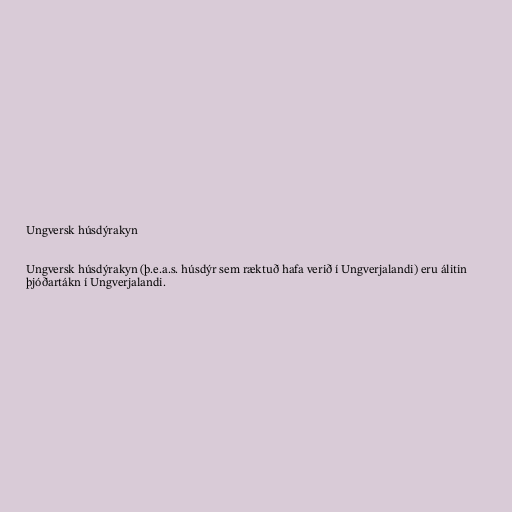
Ungversk húsdýrakyn

Ungversk húsdýrakyn (þ.e.a.s. húsdýr sem ræktuð hafa verið í Ungverjalandi) eru álitin
þjóðartákn í Ungverjalandi.